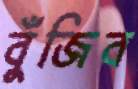
বুঁজিব